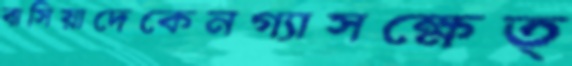
বাসিয়াদেকেনগ্যাসক্ষেত্